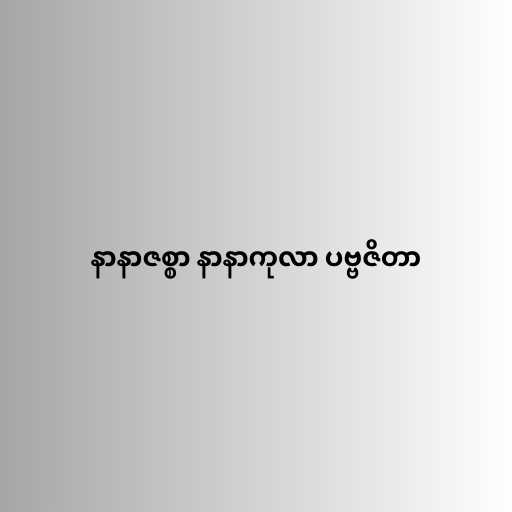
နာနာဇစ္စာ နာနာကုလာ ပဗ္ဗဇိတာ